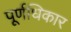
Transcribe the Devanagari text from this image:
पूर्णधिकार